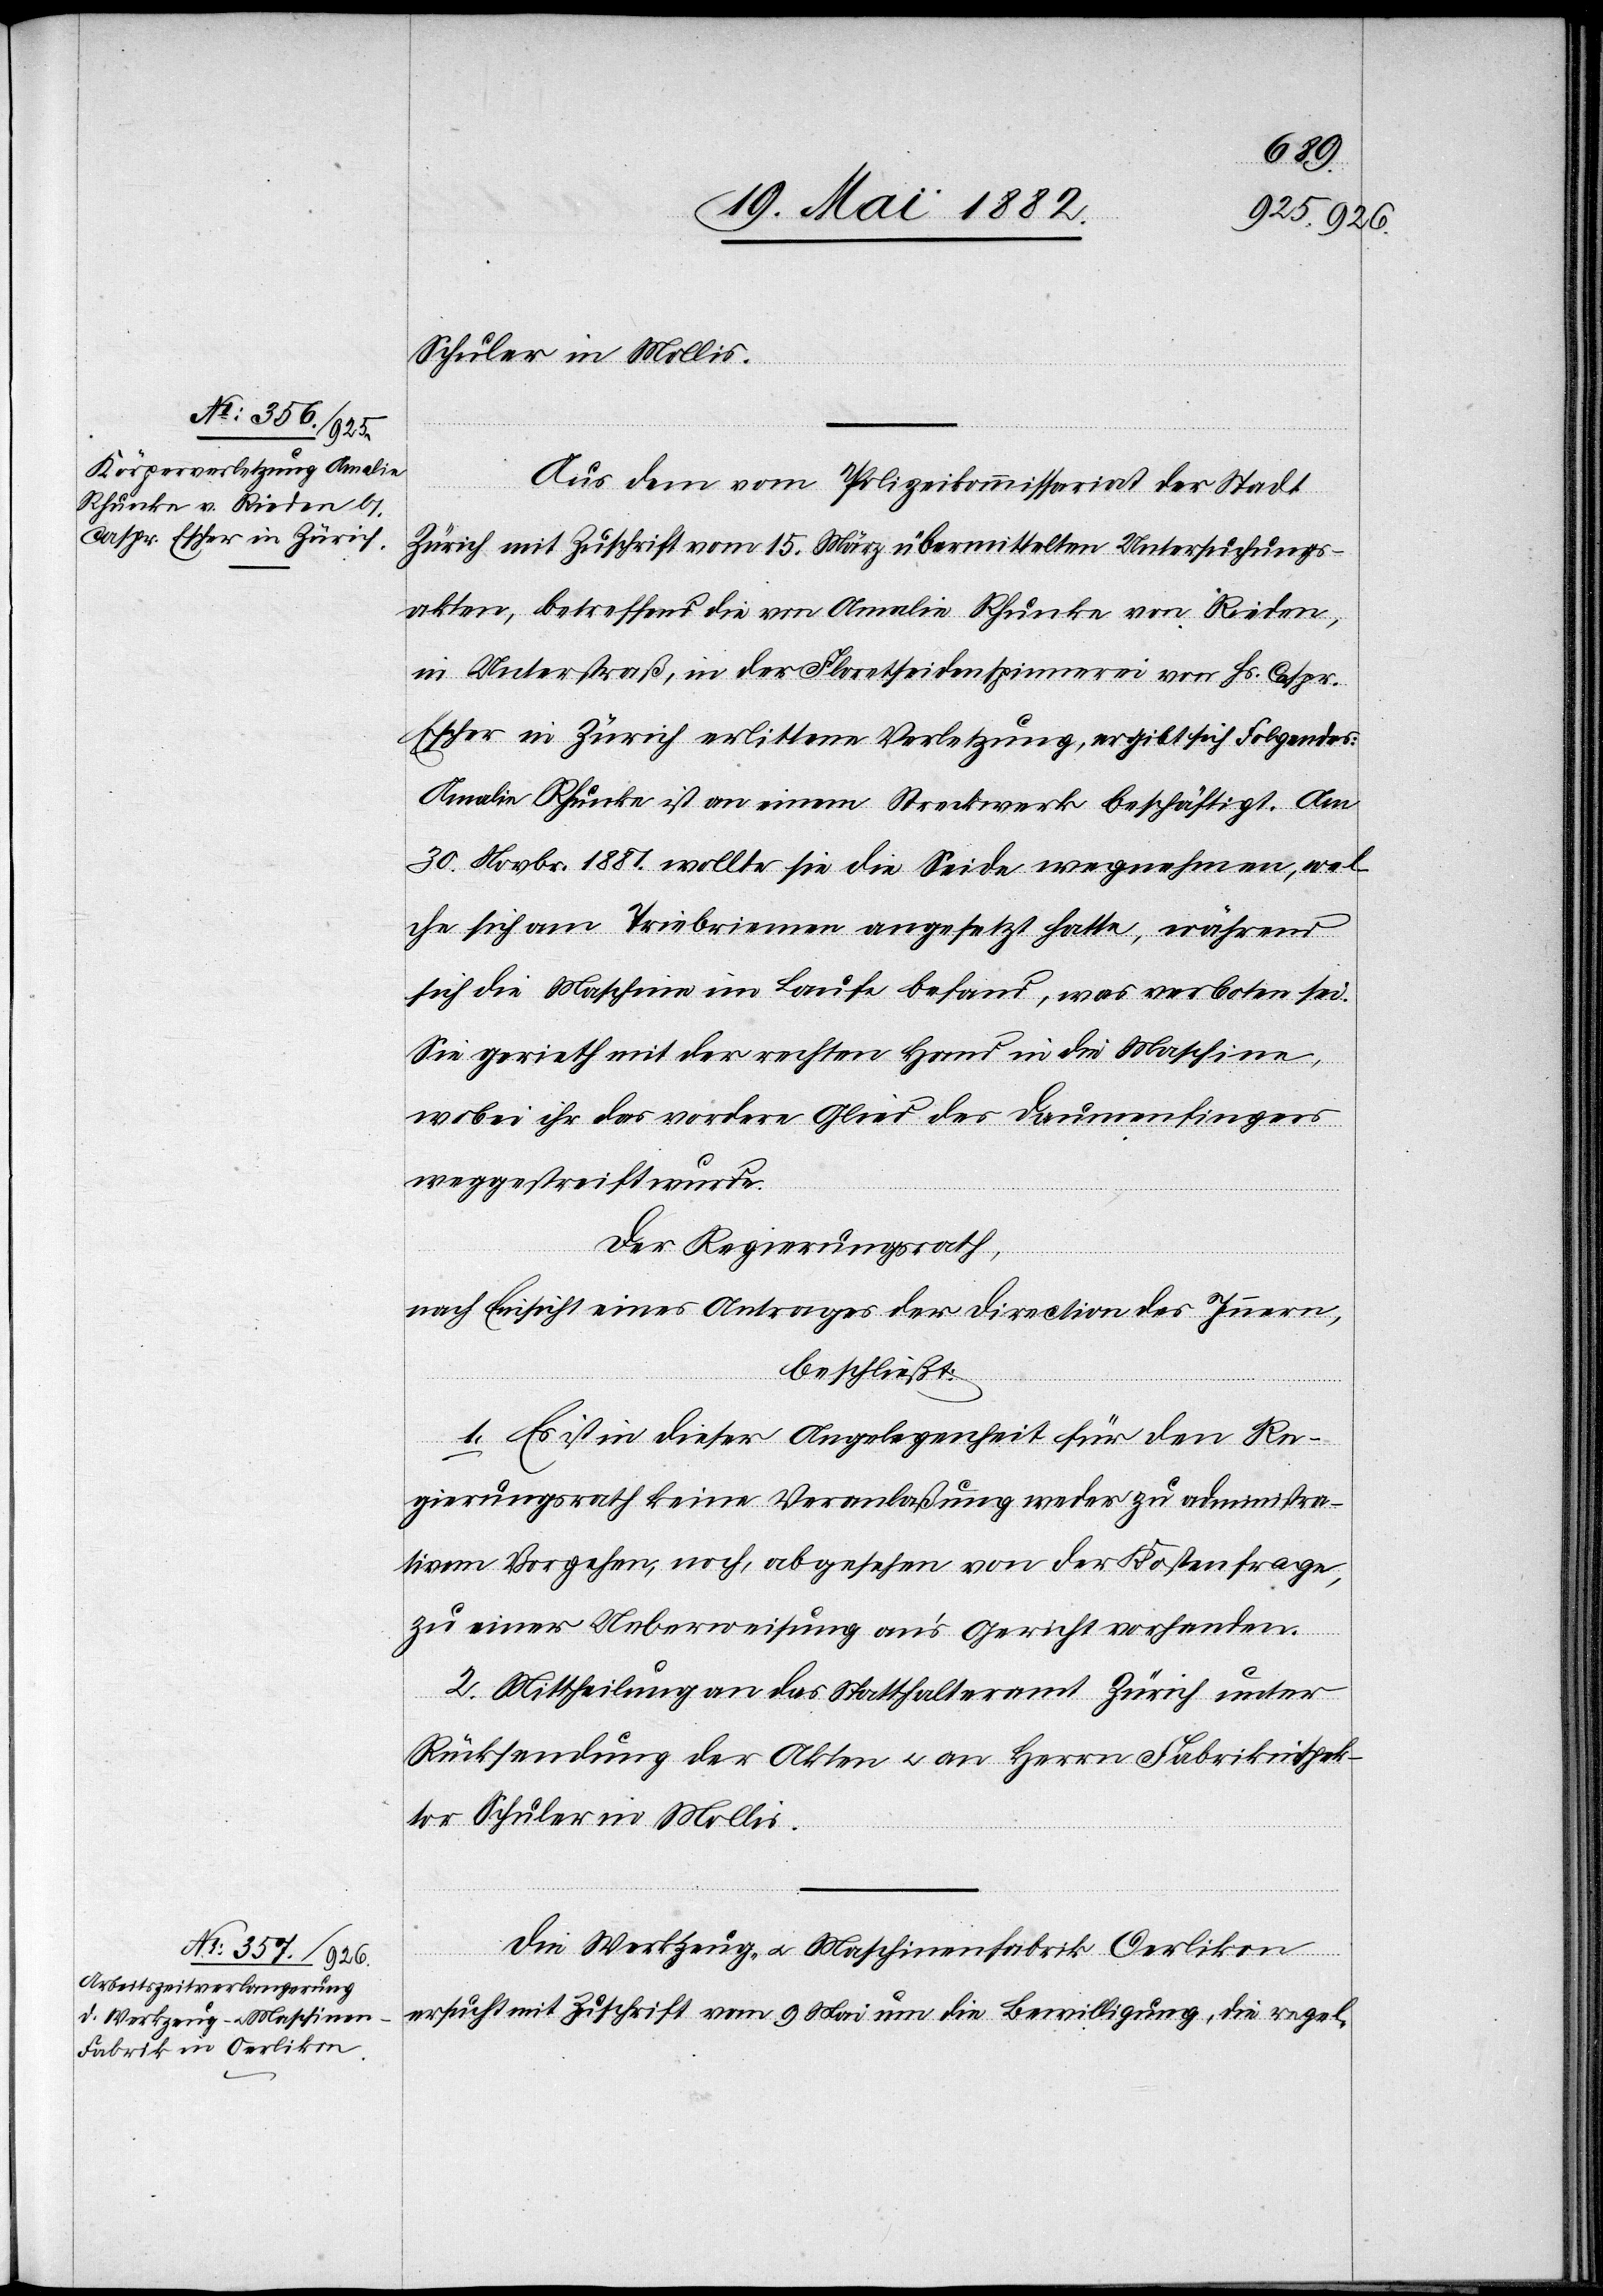
Schuler in Mollis.
Aus den vom Polizeikommissariat der Stadt
Zürich mit Zuschrift vom 15. März übermittelten Untersuchungs¬
akten, betreffend die von Amalie Rhunke von Rieden,
in Unterstraß, in der Floretseidenspinnerei von Hs. Caspr.
Escher in Zürich erlittenen Verletzungen, ergibt sich Folgendes:
Amalie Rhunke ist an einem Streckwerk beschäftigt. Am
30. Novbr. 1881 wollte sie die Seide wegnehmen, wel¬
che sich am Triebriemen angesetzt hatte, während
sich die Maschine im Laufe befand, was verboten sei.
Sie gerieth mit der rechten Hand in die Maschine,
wobei ihr das vordere Glied des Daumenfingers
weggestreift wurde.
Der Regierungsrath,
nach Einsicht eines Antrages der Direction des Innern,
beschließt:
1. Es ist in dieser Angelegenheit für den Re¬
gierungsrath keine Veranlaßung weder zu administrati¬
vem Vorgehen, noch, abgesehen von der Kostenfrage,
zu einer Ueberweisung an’s Gericht vorhanden.
2. Mittheilung an das Statthalteramt Zürich unter
Rücksendung der Akten u. an Herrn Fabrikinspek¬
tor Schuler in Mollis.
Die Werkzeug- u. Maschinenfabrik Oerlikon
ersucht mit Zuschrift vom 9. Mai um die Bewilligung, die regel-